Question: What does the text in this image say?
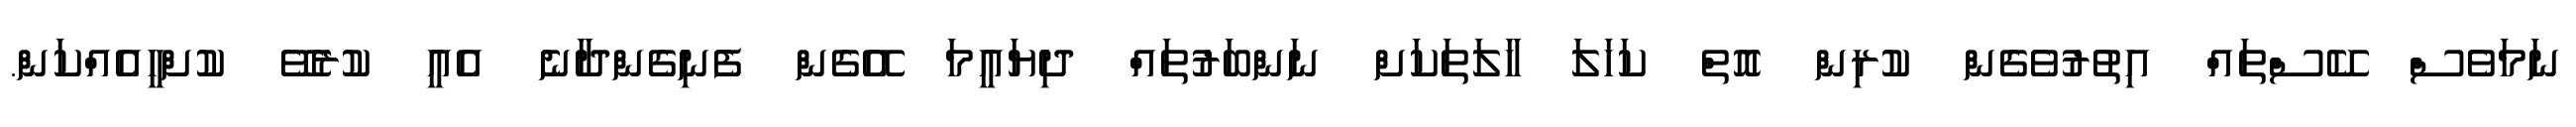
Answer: ނަމަވެސް ކޭސްތައް އިތުރުވެގެން ކުރިން އޮތް ކަހަލަ ހާލަތަކަށް ނަންބަރުތައް ދިޔައީމަ އޭގެން ފެނިގެންދާނެ އެއީ ކުރެވޭ ކުށްހީއެއްކަން.